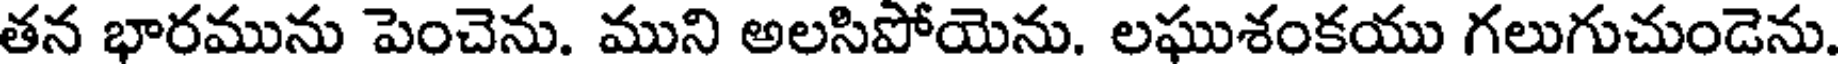
తన భారమును పెంచెను. ముని అలసిపోయెను. లఘుశంకయు గలుగుచుండెను.